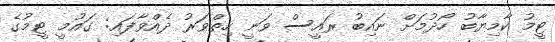
ޓީމު ކާމިޔާބު ހޯދުމަށް ނައިބު ރައީސް ވަނީ ހިތްވަރު ދެއްވާފައި: ގައުމީ ޓީމުގެ